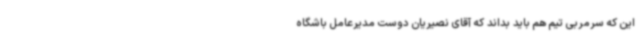
این که سرمربی تیم هم باید بداند که آقای نصیریان دوست مدیرعامل باشگاه